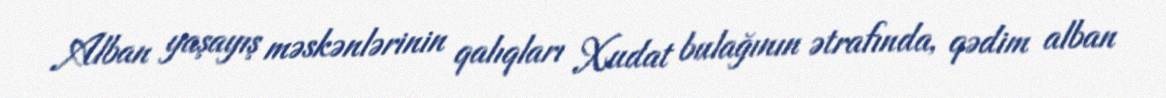
Alban yaşayış məskənlərinin qalıqları Xudat bulağının ətrafında, qədim alban